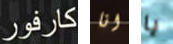
كارفور انا يا